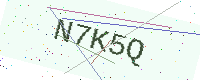
Text: N7K5Q